Report on vaccination in Madras 1895-1903 - 1895-1903
Year: 1895
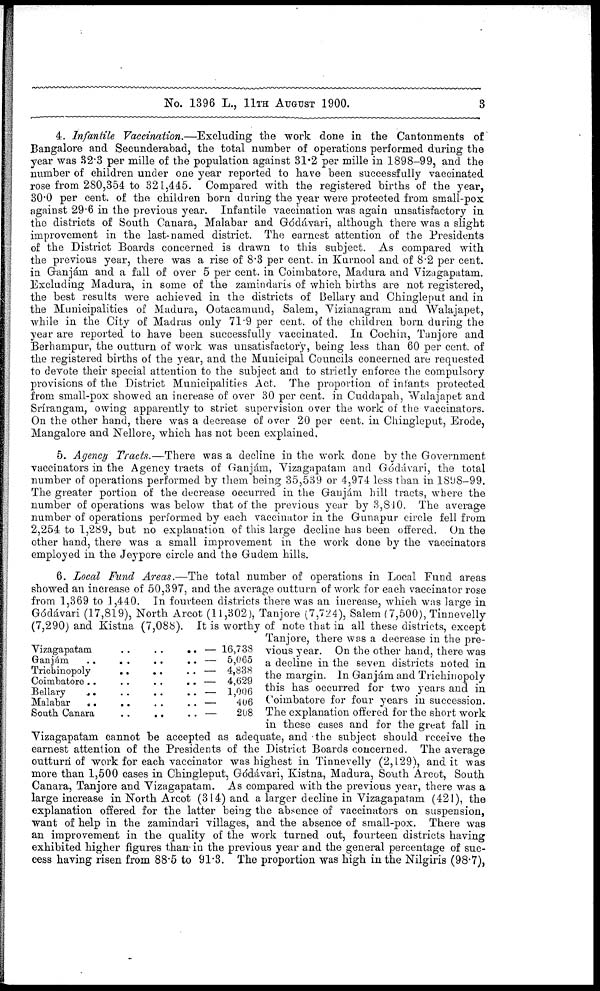
No. 1396 L., 11TH AUGUST 1900.
3
4. Infantile Vaccination.—Excluding the work done in the Cantonments of
Bangalore and Secunderabad, the total number of operations performed during the
year was 32.3 per mille of the population against 31.2 per mille in 1898-99, and the
number of children under one year reported to have been successfully vaccinated
rose from 280,354 to 321,445. Compared with the registered births of the year,
30.0 per cent. of the children born during the year were protected from small-pox
against 29.6 in the previous year. Infantile vaccination was again unsatisfactory in
the districts of South Canara, Malabar and Gódávari, although there was a slight
improvement in the last-named district. The earnest attention of the Presidents
of the District Boards concerned is drawn to this subject. As compared with
the previous year, there was a rise of 8.3 per cent. in Kurnool and of 8.2 per cent.
in Ganjám and a fall of over 5 per cent. in Coimbatore, Madura and Vizagapatam.
Excluding Madura, in some of the zamindaris of which births are not registered,
the best results were achieved in the districts of Bellary and Chingleput and in
the Municipalities of Madura, Ootacamund, Salem, Vizianagram and Walajapet,
while in the City of Madras only 71.9 per cent. of the children born during the
year are reported to have been successfully vaccinated. In Cochin, Tanjore and
Berhampur, the outturn of work was unsatisfactory, being less than 60 per cent. of
the registered births of the year, and the Municipal Councils concerned are requested
to devote their special attention to the subject and to strictly enforce the compulsory
provisions of the District Municipalities Act. The proportion of infants protected
from small-pox showed an increase of over 30 per cent. in Cuddapah, Walajapet and
Srírangam, owing apparently to strict supervision over the work of the vaccinators.
On the other hand, there was a decrease of over 20 per cent. in Chingleput, Erode,
Mangalore and Nellore, which has not been explained.
5. Agency Tracts.—There was a decline in the work done by the Government
vaccinators in the Agency tracts of Ganjám, Vizagapatam and Gódávari, the total
number of operations performed by them being 35,539 or 4,974 less than in 1898-99.
The greater portion of the decrease occurred in the Ganjám hill tracts, where the
number of operations was below that of the previous year by 3,840. The average
number of operations performed by each vaccinator in the Gunapur circle fell from
2,254 to 1,289, but no explanation of this large decline has been offered. On the
other hand, there was a small improvement in the work done by the vaccinators
employed in the Jeypore circle and the Gudem hills.
Vizagapatam
..
..
.. —
Ganjám
..
..
..
.. —
Trichinopoly
..
..
.. —
Coimbatore ..
..
..
.. —
Bellary
..
..
..
.. —
Malabar
..
..
..
.. —
South Canara
. .
..
. . —
16,738
5,065
4,838
4,629
1,006
406
208
6. Local Fund Areas.—The total number of operations in Local Fund areas
showed an increase of 50,397, and the average outturn of work for each vaccinator rose
from 1,369 to 1,440. In fourteen districts there was an increase, which was large in
Gódávari (17,819), North Arcot (11,302), Tanjore (7,724), Salem (7,500), Tinnevelly
(7,290) and Kistna (7,088). It is worthy of note that in all these districts, except
Tanjore, there was a decrease in the pre-
vious year. On the other hand, there was
a decline in the seven districts noted in
the margin. In Ganjám and Trichinopoly
this has occurred for two years and in
Coimbatore for four years in succession.
The explanation offered for the short work
in these cases and for the great fall in
Vizagapatam cannot be accepted as adequate, and the subject should receive the
earnest attention of the Presidents of the District Boards concerned. The average
outturn of work for each vaccinator was highest in Tinnevelly (2,129), and it was
more than 1,500 cases in Chingleput, Gódávari, Kistna, Madura, South Arcot, South
Canara, Tanjore and Vizagapatam. As compared with the previous year, there was a
large increase in North Arcot (314) and a larger decline in Vizagapatam (421), the
explanation offered for the latter being the absence of vaccinators on suspension,
want of help in the zamindari villages, and the absence of small-pox. There was
an improvement in the quality of the work turned out, fourteen districts having
exhibited higher figures than in the previous year and the general percentage of suc-
cess having risen from 88.5 to 91.3. The proportion was high in the Nilgiris (98.7),